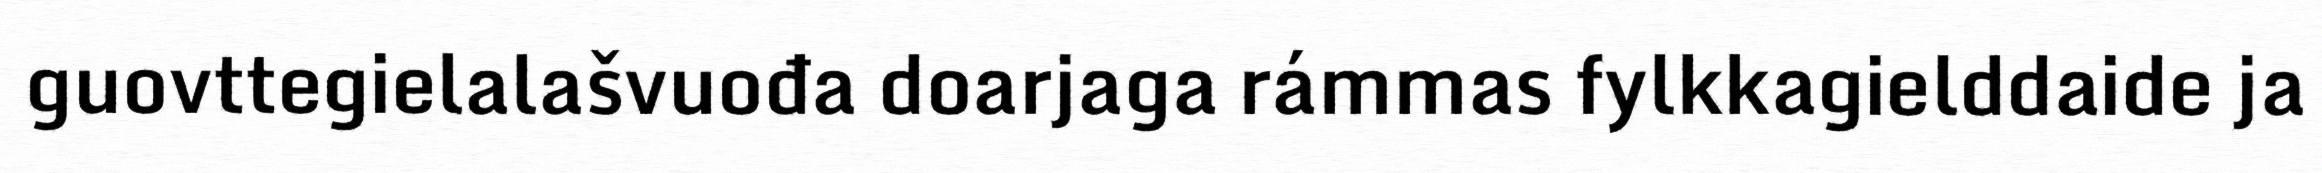
guovttegielalašvuođa doarjaga rámmas fylkkagielddaide ja